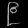
Digit: ၉